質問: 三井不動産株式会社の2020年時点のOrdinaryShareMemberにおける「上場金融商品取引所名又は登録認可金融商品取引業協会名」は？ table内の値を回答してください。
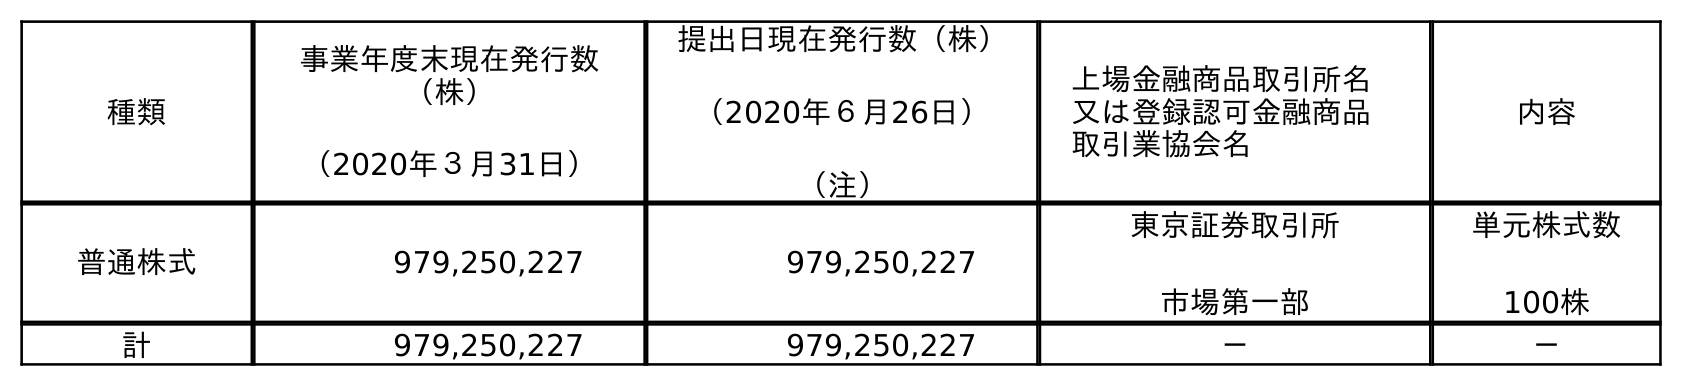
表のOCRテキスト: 種類 事業年度末現在発行数 （株） （2020年３月31日） 提出日現在発行数（株） （2020年６月26日） （注） 上場金融商品取引所名 又は登録認可金融商品 取引業協会名 内容 普通株式 979,250,227 979,250,227 東京証券取引所 市場第一部 単元株式数 100株 計 979,250,227 979,250,227 － －
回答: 東京証券取引所市場第一部